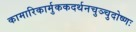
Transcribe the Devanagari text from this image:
कामारिकार्मुककदर्थनचुञ्चुदोष्णः